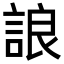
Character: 誏